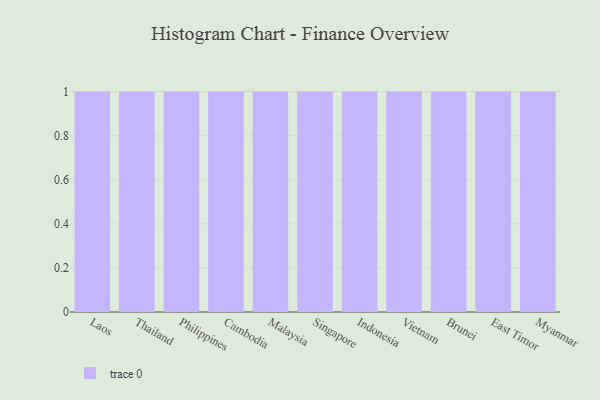
{"axis": {"x": "Country", "y": "Population (Million)"}, "legend": [""], "data": [{"x": "Laos", "y": 65, "type": ""}, {"x": "Thailand", "y": 40, "type": ""}, {"x": "Philippines", "y": 5, "type": ""}, {"x": "Cambodia", "y": 37, "type": ""}, {"x": "Malaysia", "y": 83, "type": ""}, {"x": "Singapore", "y": 83, "type": ""}, {"x": "Indonesia", "y": 95, "type": ""}, {"x": "Vietnam", "y": 11, "type": ""}, {"x": "Brunei", "y": 71, "type": ""}, {"x": "East Timor", "y": 66, "type": ""}, {"x": "Myanmar", "y": 25, "type": ""}]}